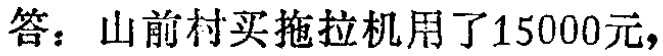
答：山前村买拖拉机用了15000元，